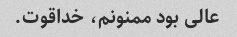
عالی بود ممنونم، خداقوت.